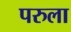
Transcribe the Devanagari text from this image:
परुला